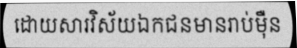
ដោយសារវិស័យឯកជនមានរាប់ម៉ឺន